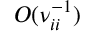
O ( \nu _ { i i } ^ { - 1 } )